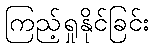
ကြည့်ရှုနိုင်ခြင်း